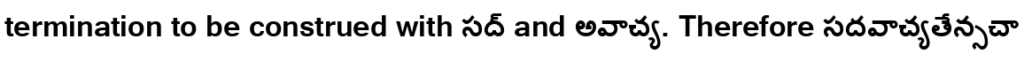
termination to be construed with సద్ and అవాచ్య. Therefore సదవాచ్యతేన్సచా